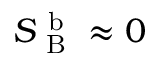
S _ { \mathrm { ~ B ~ } } ^ { \mathrm { ~ b ~ } } \approx 0